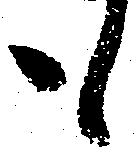
も